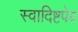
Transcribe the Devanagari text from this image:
स्वादिष्टपेय